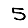
Digit: 5